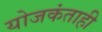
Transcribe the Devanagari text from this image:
योजकंताही